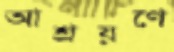
আশ্রয়ণে